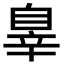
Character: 辠